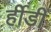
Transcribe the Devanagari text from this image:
र्हीडी